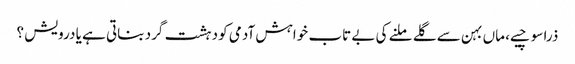
ذرا سوچیے، ماں بہن سے گلے ملنے کی بے تاب خواہش آدمی کو دہشت گرد بناتی ہے یا درویش ؟